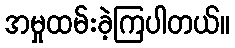
အမှုထမ်းခဲ့ကြပါတယ်။